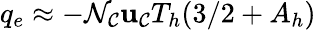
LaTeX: q_{e}\approx-\mathcal{N}_{\mathcal{C}}\mathbf{u}_{\mathcal{C}}T_{h}(3/2+A_{h})